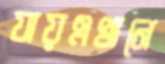
যায়এখানে